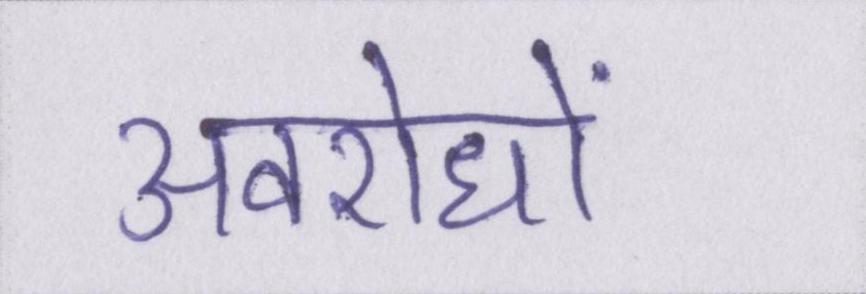
अवरोधों